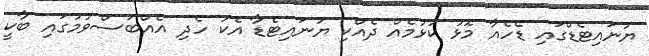
ޔުނައިޓެޑްގައި ޑެހެއާ މޮޅު ކުޅުމެއް ދެއްކި ޔުނައިޓެޑާ އެކު ހެދި އެއްބަސްވުމުގައި ބާކީ